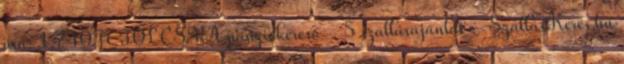
ára: 1.740Ft TOLCSVA panziókereső - 5 szállásajánlat - SzállásKérés.hu